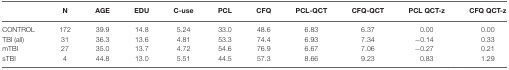
<table><thead><tr><td></td><td><b>N</b></td><td><b>AGE</b></td><td><b>EDU</b></td><td><b>C-use</b></td><td><b>PCL</b></td><td><b>CFQ</b></td><td><b>PCL-QCT</b></td><td><b>CFQ-QCT</b></td><td><b>PCL QCT-z</b></td><td><b>CFQ QCT-z</b></td></tr></thead><tbody><tr><td>CONTROL</td><td>172</td><td>39.9</td><td>14.8</td><td>5.24</td><td>33.0</td><td>48.6</td><td>6.83</td><td>6.37</td><td>0.00</td><td>0.00</td></tr><tr><td>TBI (all)</td><td>31</td><td>36.3</td><td>13.6</td><td>4.81</td><td>53.3</td><td>74.4</td><td>6.93</td><td>7.34</td><td>−0.14</td><td>0.33</td></tr><tr><td>mTBI</td><td>27</td><td>35.0</td><td>13.7</td><td>4.72</td><td>54.6</td><td>76.9</td><td>6.67</td><td>7.06</td><td>−0.27</td><td>0.21</td></tr><tr><td>sTBI</td><td>4</td><td>44.8</td><td>13.0</td><td>5.51</td><td>44.5</td><td>57.3</td><td>8.66</td><td>9.23</td><td>0.83</td><td>1.29</td></tr></tbody></table>